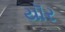
યૉર